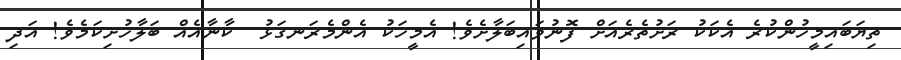
ތިޔަބައިމީހުންކުރެ އެކަކު ރަށުތެރެއަށް ފޮނުވައިބަލާށެވެ! އެމީހަކު އެންމެރަނގަޅު  ކާނާއެއް ބަލާހުށިކަމެވެ! އަދި